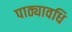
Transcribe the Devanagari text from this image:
पाठ्यावधि